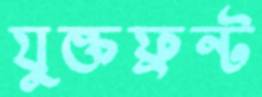
যুক্তফ্রন্ট